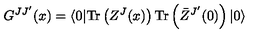
G ^ { J J ^ { \prime } } ( x ) = \langle 0 | \mathrm { T r } \left( Z ^ { J } ( x ) \right) \mathrm { T r } \left( \bar { Z } ^ { J ^ { \prime } } ( 0 ) \right) | 0 \rangle